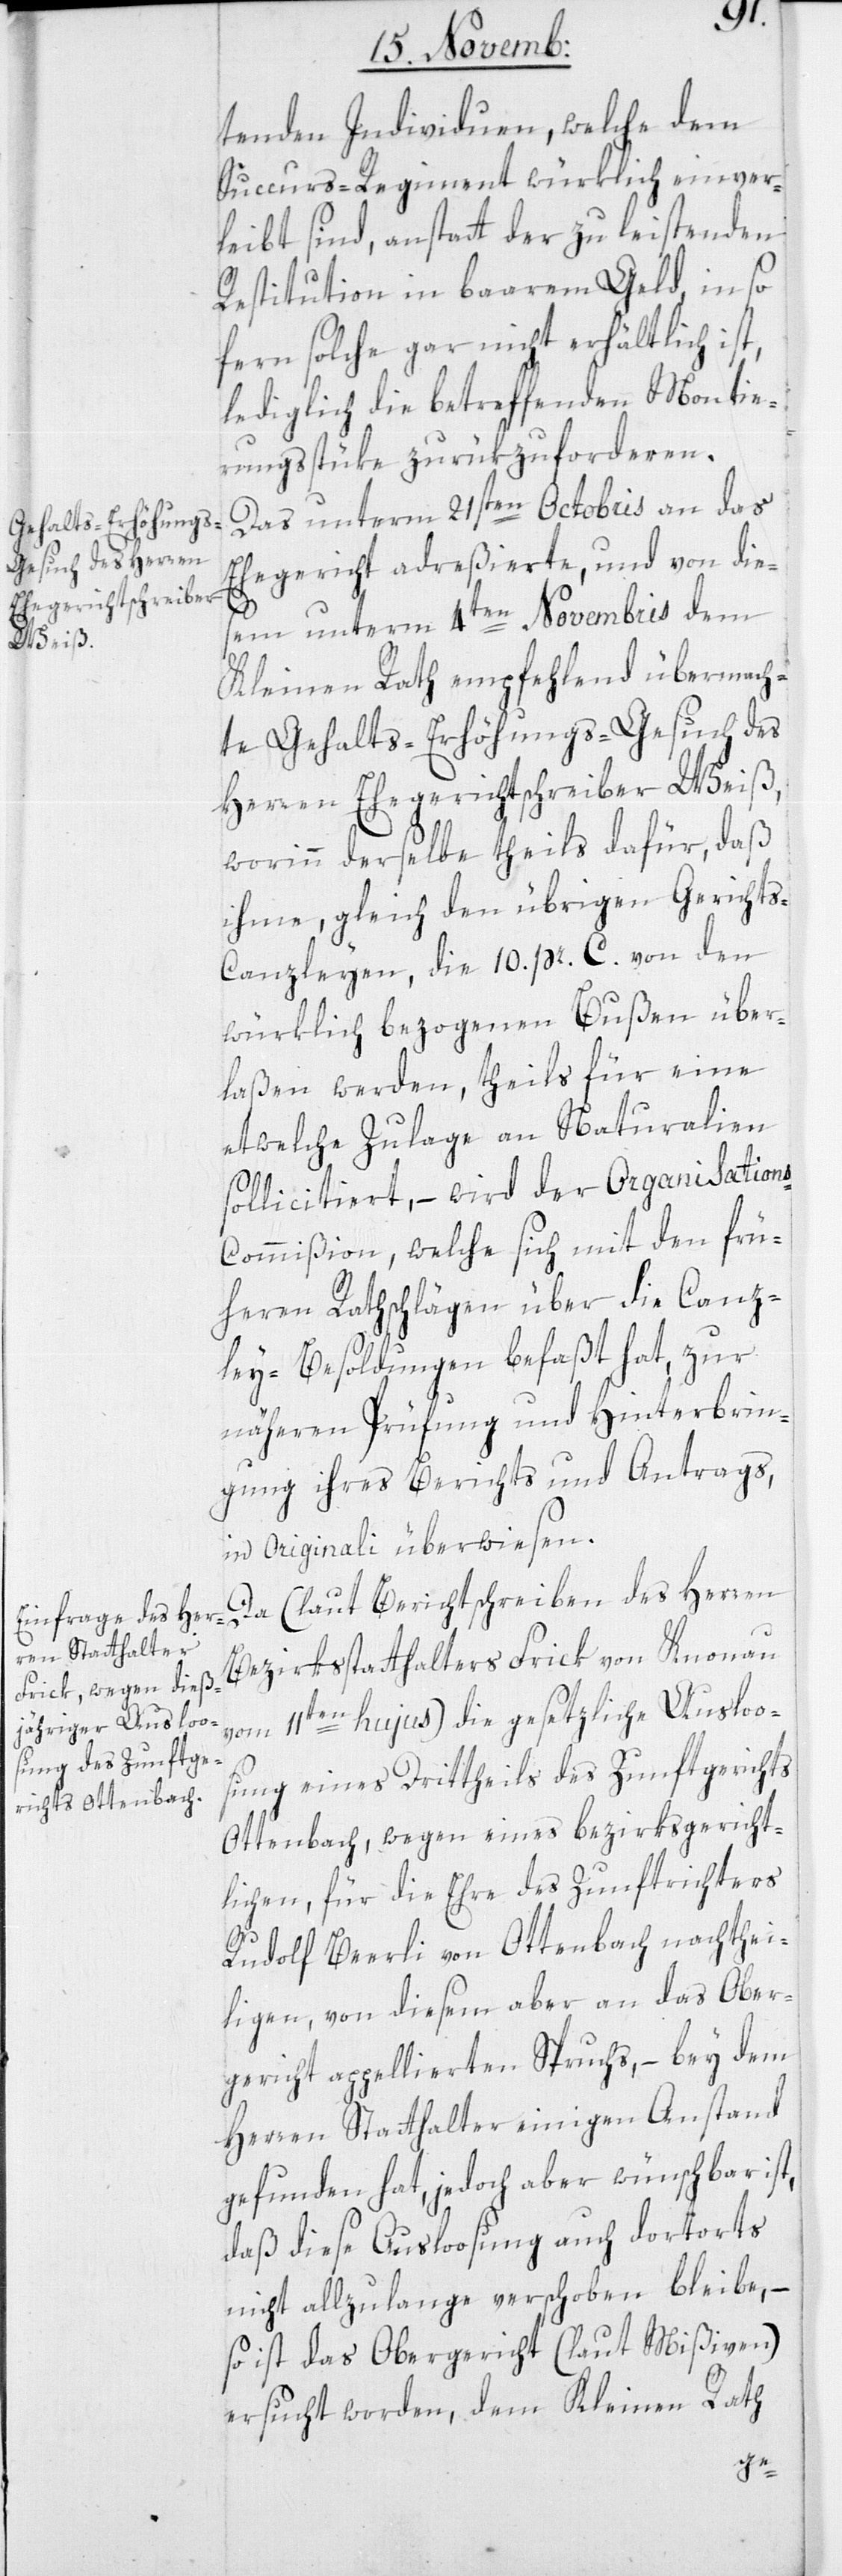
tenden Individuen, welche dem
Succurs-Regiment würklich einver¬
leibt sind, anstatt der zu leistenden
Restitution in baarem Geld, inso
fern solche gar nicht erhältlich ist,
lediglich die betreffenden Montie¬
rungsstüke zurükzuforderen.
Das unterm 21sten Octobris an das
Ehegericht adreßierte und von die¬
sem unterm 4ten Novembris dem
Kleinen Rath empfehlend übermach¬
te Gehalts-Erhöhungs-Gesuch des
Herren Ehegerichtschreiber Weiß,
worinn derselbe theils dafür, daß
ihme, gleich den übrigen Gericht¬
s-Canzleyen, die 10. pr. C. von den
würklich bezogenen Bußen über¬
laßen werden, theils für eine
etwelche Zulage an Naturalien
sollicitiert, – wird der Organisation¬
s-Commißion, welche sich mit den frü¬
heren Rathschlägen über die Canz¬
ley-Besoldungen befaßt hat, zur
näheren Prüfung und Hinterbrin¬
gung ihres Berichts und Antrags
in Originali überwiesen.
Da, (laut Berichtschreiben des Herren
Bezirksstatthalters Frick von Knonau
vom 11ten hujus) die gesetzliche Ausloo¬
sung eines Drittheils des Zunftgerichts
Ottenbach, wegen eines bezirksgericht¬
lichen, für die Ehre des Zunftrichters
Rudolf Beerli von Ottenbach nachthei¬
ligen, von diesem aber an das Ober¬
gericht appellierten Spruchs, – bey dem
Herren Statthalter einigen Anstand
gefunden hat, jedoch aber wünschbar ist,
daß diese Ausloosung auch dortorts
nicht allzulange verschoben bleibe, –
so ist das Obergericht (laut Mißiven)
ersucht worden, dem Kleinen Rath